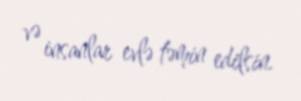
və insanlar evlə təmin edilsin.